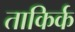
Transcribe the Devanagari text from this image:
ताकिर्क